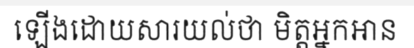
ឡើងដោយសារយល់ថា មិត្តអ្នកអាន